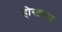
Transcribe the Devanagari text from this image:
होस्टल्स